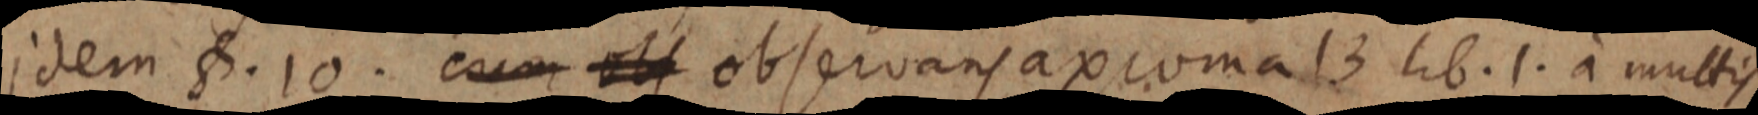
idem §. 10. cum obs observans axioma 13 lib. 1. a multis